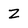
Character: z